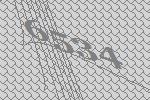
6534